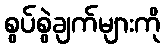
စွပ်စွဲချက်များကို